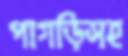
পাগড়িসহ